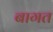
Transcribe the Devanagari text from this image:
बागत